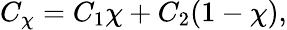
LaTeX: C_{\chi}=C_{1}\chi+C_{2}(1-\chi),